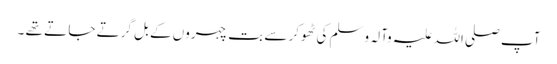
آپ صلی اللہ علیہ وآلہ وسلم کی ٹھوکر سے بت چہروں کے بل گرتے جا تے تھے ۔